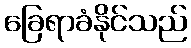
ခြေရာခံနိုင်သည်